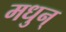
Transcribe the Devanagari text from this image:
मधुन्